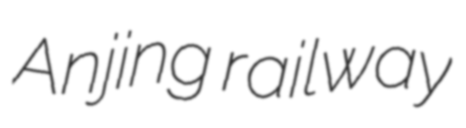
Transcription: Anjing railway